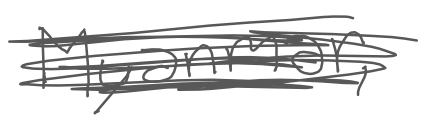
Text: Myanmar,
Cross-out: scratch
Writing tool: digital_gray